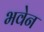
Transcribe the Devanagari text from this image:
भवेन